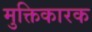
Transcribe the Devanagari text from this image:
मुक्तिकारक